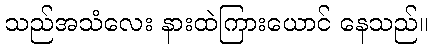
သည်အသံလေး နားထဲကြားယောင် နေသည်။